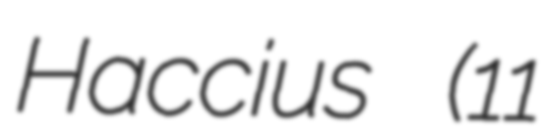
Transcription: Haccius (11